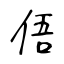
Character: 俉